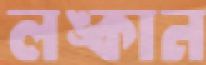
লঙ্কান